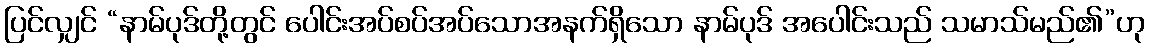
ပြင်လျှင် “နာမ်ပုဒ်တို့တွင် ပေါင်းအပ်စပ်အပ်သောအနက်ရှိသော နာမ်ပုဒ် အပေါင်းသည် သမာသ်မည်၏”ဟု